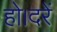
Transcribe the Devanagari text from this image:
हो।दरें